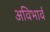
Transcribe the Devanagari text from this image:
अविभार्व